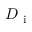
D _ { \mathrm { ~ i ~ } }